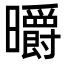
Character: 㬭